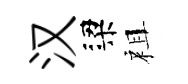
汉梁祖